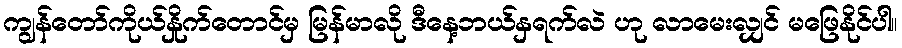
ကျွန်တော်ကိုယ်နှိုက်တောင်မှ မြန်မာလို ဒီနေ့ဘယ်နှရက်လဲ ဟု လာမေးလျှင် မဖြေနိုင်ပါ။